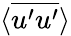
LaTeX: \langle\overline{{u^{\prime}u^{\prime}}}\rangle